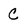
Character: C